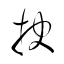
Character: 抉